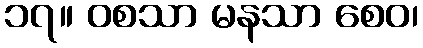
၁၇။ ဝစသာ မနသာ စေဝ၊